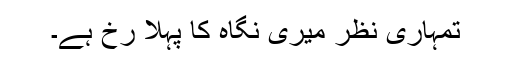
تمہاری نظر میری نگاہ کا پہلا رخ ہے۔